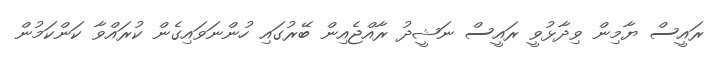
ރައީސް ޔާމިން ވިދާޅުވީ ރައީސް ނަޝީދު ރާއްޖެއިން ބޭރުގައި ހުންނަވައިގެން ކުރައްވާ ކަންކަމުން